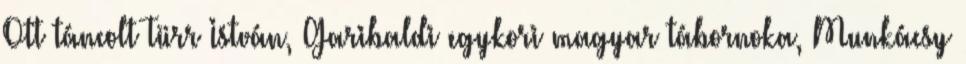
Ott táncolt Türr István, Garibaldi egykori magyar tábornoka, Munkácsy